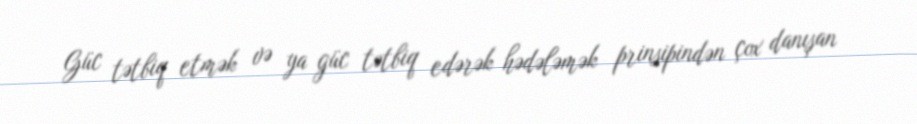
Güc tətbiq etmək və ya güc tətbiq edərək hədələmək prinsipindən çox danışan